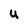
Character: u